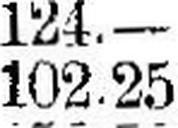
102.25